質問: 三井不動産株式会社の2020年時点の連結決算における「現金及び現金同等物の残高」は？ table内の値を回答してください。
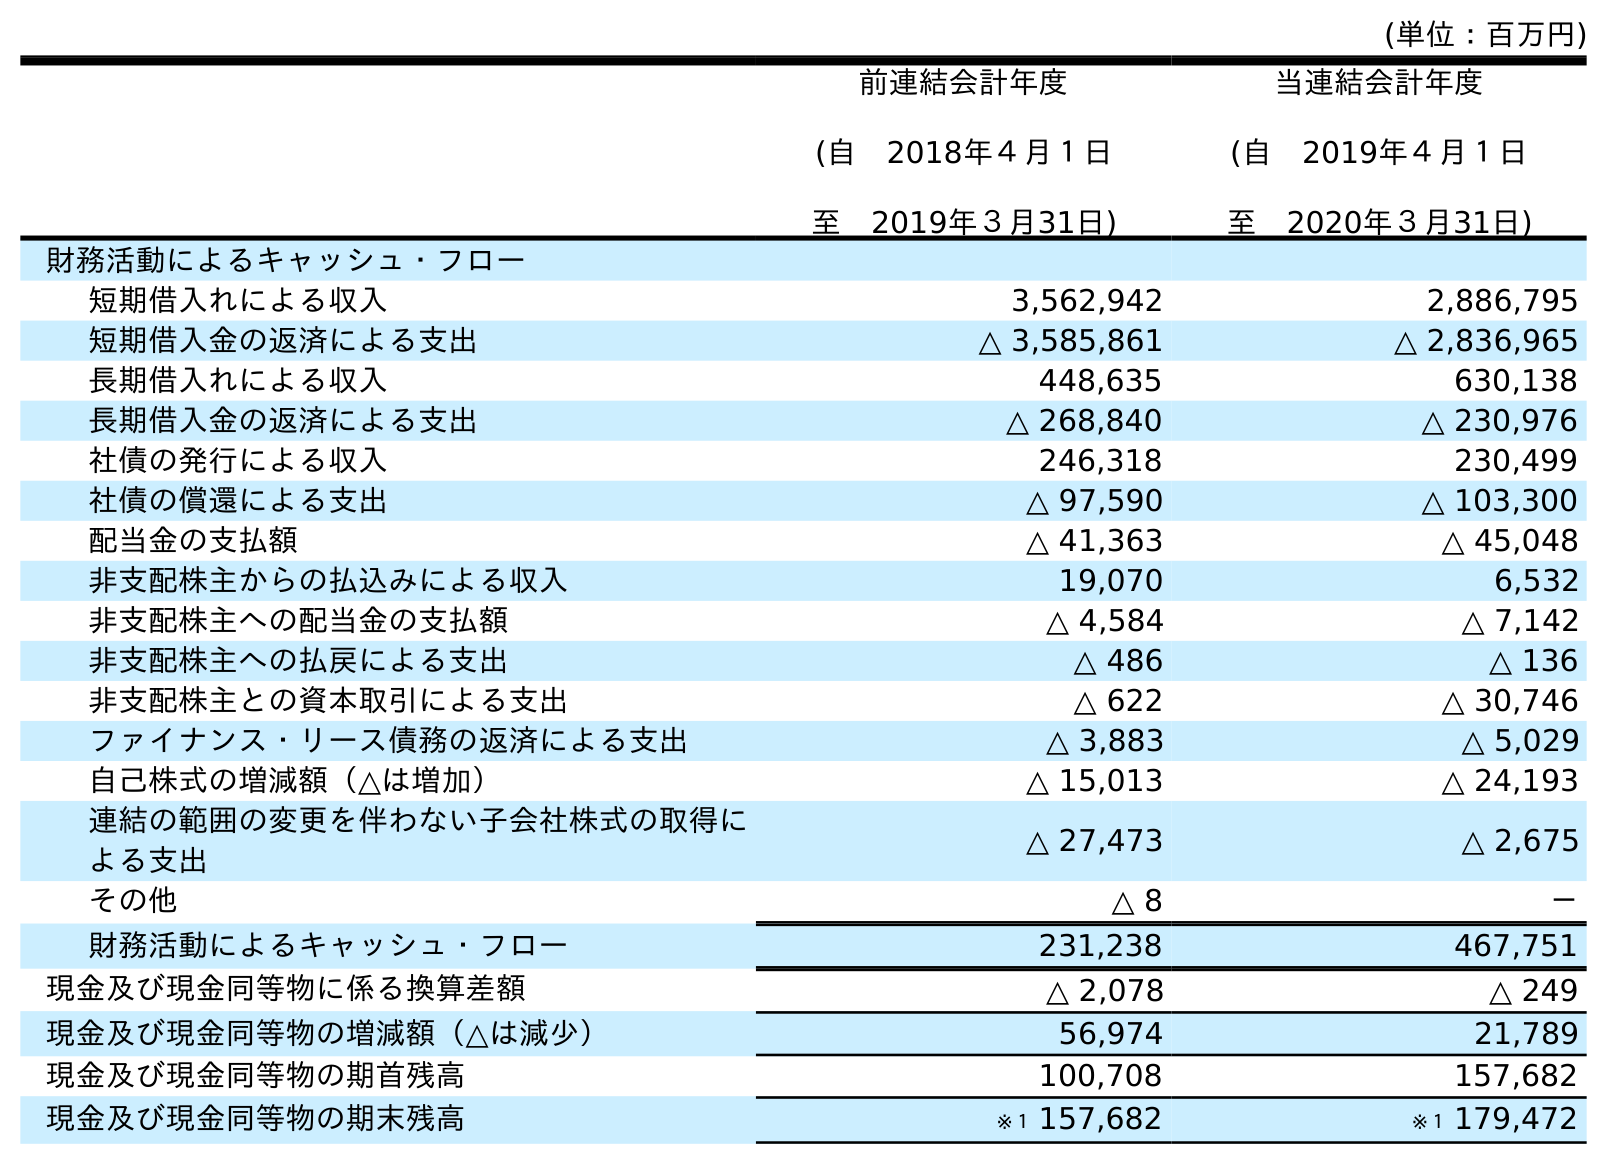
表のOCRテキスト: (単位：百万円) 前連結会計年度 (自 2018年４月１日 至 2019年３月31日) 当連結会計年度 (自 2019年４月１日 至 2020年３月31日) 財務活動によるキャッシュ・フロー 短期借入れによる収入 3,562,942 2,886,795 短期借入金の返済による支出 △ 3,585,861 △ 2,836,965 長期借入れによる収入 448,635 630,138 長期借入金の返済による支出 △ 268,840 △ 230,976 社債の発行による収入 246,318 230,499 社債の償還による支出 △ 97,590 △ 103,300 配当金の支払額 △ 41,363 △ 45,048 非支配株主からの払込みによる収入 19,070 6,532 非支配株主への配当金の支払額 △ 4,584 △ 7,142 非支配株主への払戻による支出 △ 486 △ 136 非支配株主との資本取引による支出 △ 622 △ 30,746 ファイナンス・リース債務の返済による支出 △ 3,883 △ 5,029 自己株式の増減額（△は増加） △ 15,013 △ 24,193 連結の範囲の変更を伴わない子会社株式の取得に よる支出 △ 27,473 △ 2,675 その他 △ 8 － 財務活動によるキャッシュ・フロー 231,238 467,751 現金及び現金同等物に係る換算差額 △ 2,078 △ 249 現金及び現金同等物の増減額（△は減少） 56,974 21,789 現金及び現金同等物の期首残高 100,708 157,682 現金及び現金同等物の期末残高 ※１ 157,682 ※１ 179,472
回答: ※１179,472